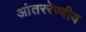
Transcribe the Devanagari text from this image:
आंतररेण्वीय